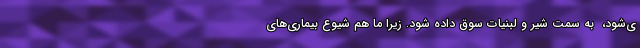
ی‌شود، ‌ به سمت شیر و لبنیات سوق داده شود. زیرا ما هم شیوع بیماری‌های